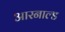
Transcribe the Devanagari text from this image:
आरनाल्ड